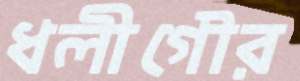
ধলীগৌর